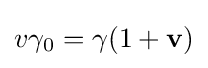
v\gamma _{0}=\gamma (1+\mathbf {v} )